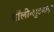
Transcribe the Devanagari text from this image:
पॉलीग्लुटमाइन